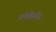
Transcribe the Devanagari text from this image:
कोलेजनेज़